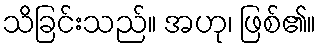
သိခြင်းသည်။ အဟု၊ ဖြစ်၏။